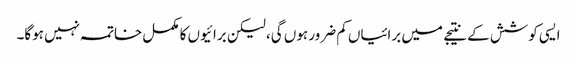
ایسی کوشش کے نتیجے میں برائیاں کم ضرور ہوں گی، لیکن برائیوں کا مکمل خاتمہ نہیں ہوگا۔